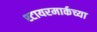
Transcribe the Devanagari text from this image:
श्टायरमार्कच्या